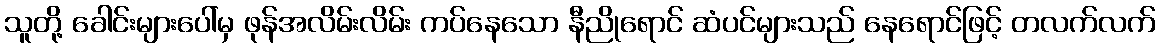
သူတို့ ခေါင်းများပေါ်မှ ဖုန်အလိမ်းလိမ်း ကပ်နေသော နီညိုရောင် ဆံပင်များသည် နေရောင်ဖြင့် တလက်လက်